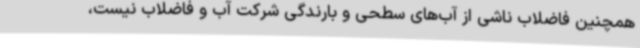
همچنین فاضلاب ناشی از آب‌های سطحی و بارندگی شرکت آب و فاضلاب نیست،